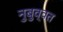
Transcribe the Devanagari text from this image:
नुबुव्वत